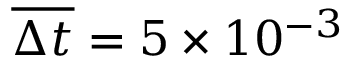
\overline { { \Delta t } } = 5 \times 1 0 ^ { - 3 }